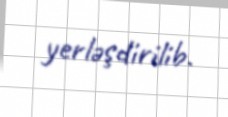
yerləşdirilib.